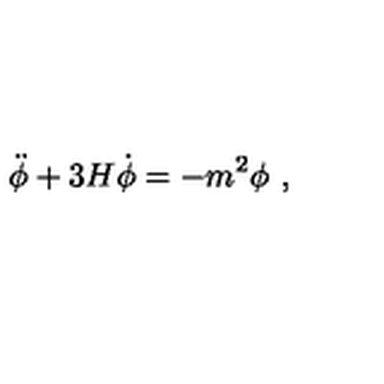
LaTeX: \ddot { \phi } + 3 H \dot { \phi } = - m ^ { 2 } \phi \ ,